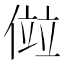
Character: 傡